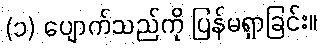
(၁) ပျောက်သည်ကို ပြန်မရှာခြင်း။